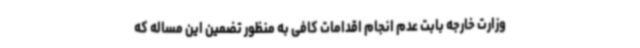
وزارت خارجه بابت عدم انجام اقدامات کافی به منظور تضمین این مساله که